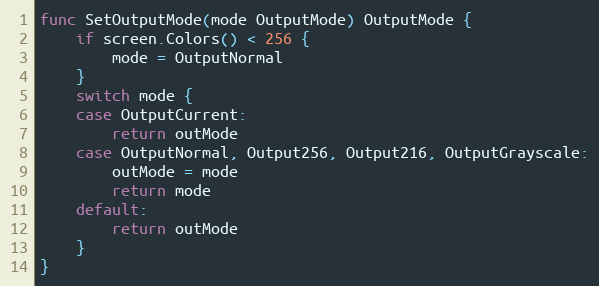
Language: Go
func SetOutputMode(mode OutputMode) OutputMode {
	if screen.Colors() < 256 {
		mode = OutputNormal
	}
	switch mode {
	case OutputCurrent:
		return outMode
	case OutputNormal, Output256, Output216, OutputGrayscale:
		outMode = mode
		return mode
	default:
		return outMode
	}
}